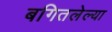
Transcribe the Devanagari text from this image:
बगितलेल्या